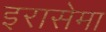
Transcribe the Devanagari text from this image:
इरासेमा